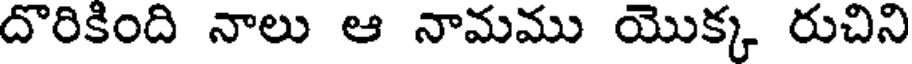
దొరికింది నాలు ఆ నామము యొక్క రుచిని